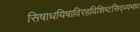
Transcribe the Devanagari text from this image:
सिषाधयिषाविरहविशिष्टसिद्ध्यभाव